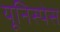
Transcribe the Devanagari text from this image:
यूनिस्पेस